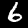
Digit: 6